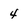
Character: 4